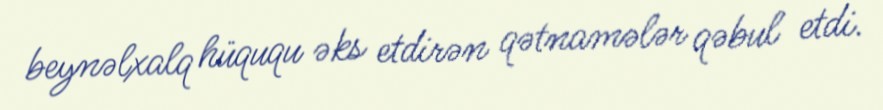
beynəlxalq hüququ əks etdirən qətnamələr qəbul etdi.